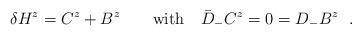
LaTeX: \begin{align*}\delta H^z = C^z + B^z\qquad {\rm with} \quad\bar{D} _- C^z = 0=D_- B^z\ \ .\end{align*}